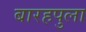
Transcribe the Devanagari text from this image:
बारहपुला